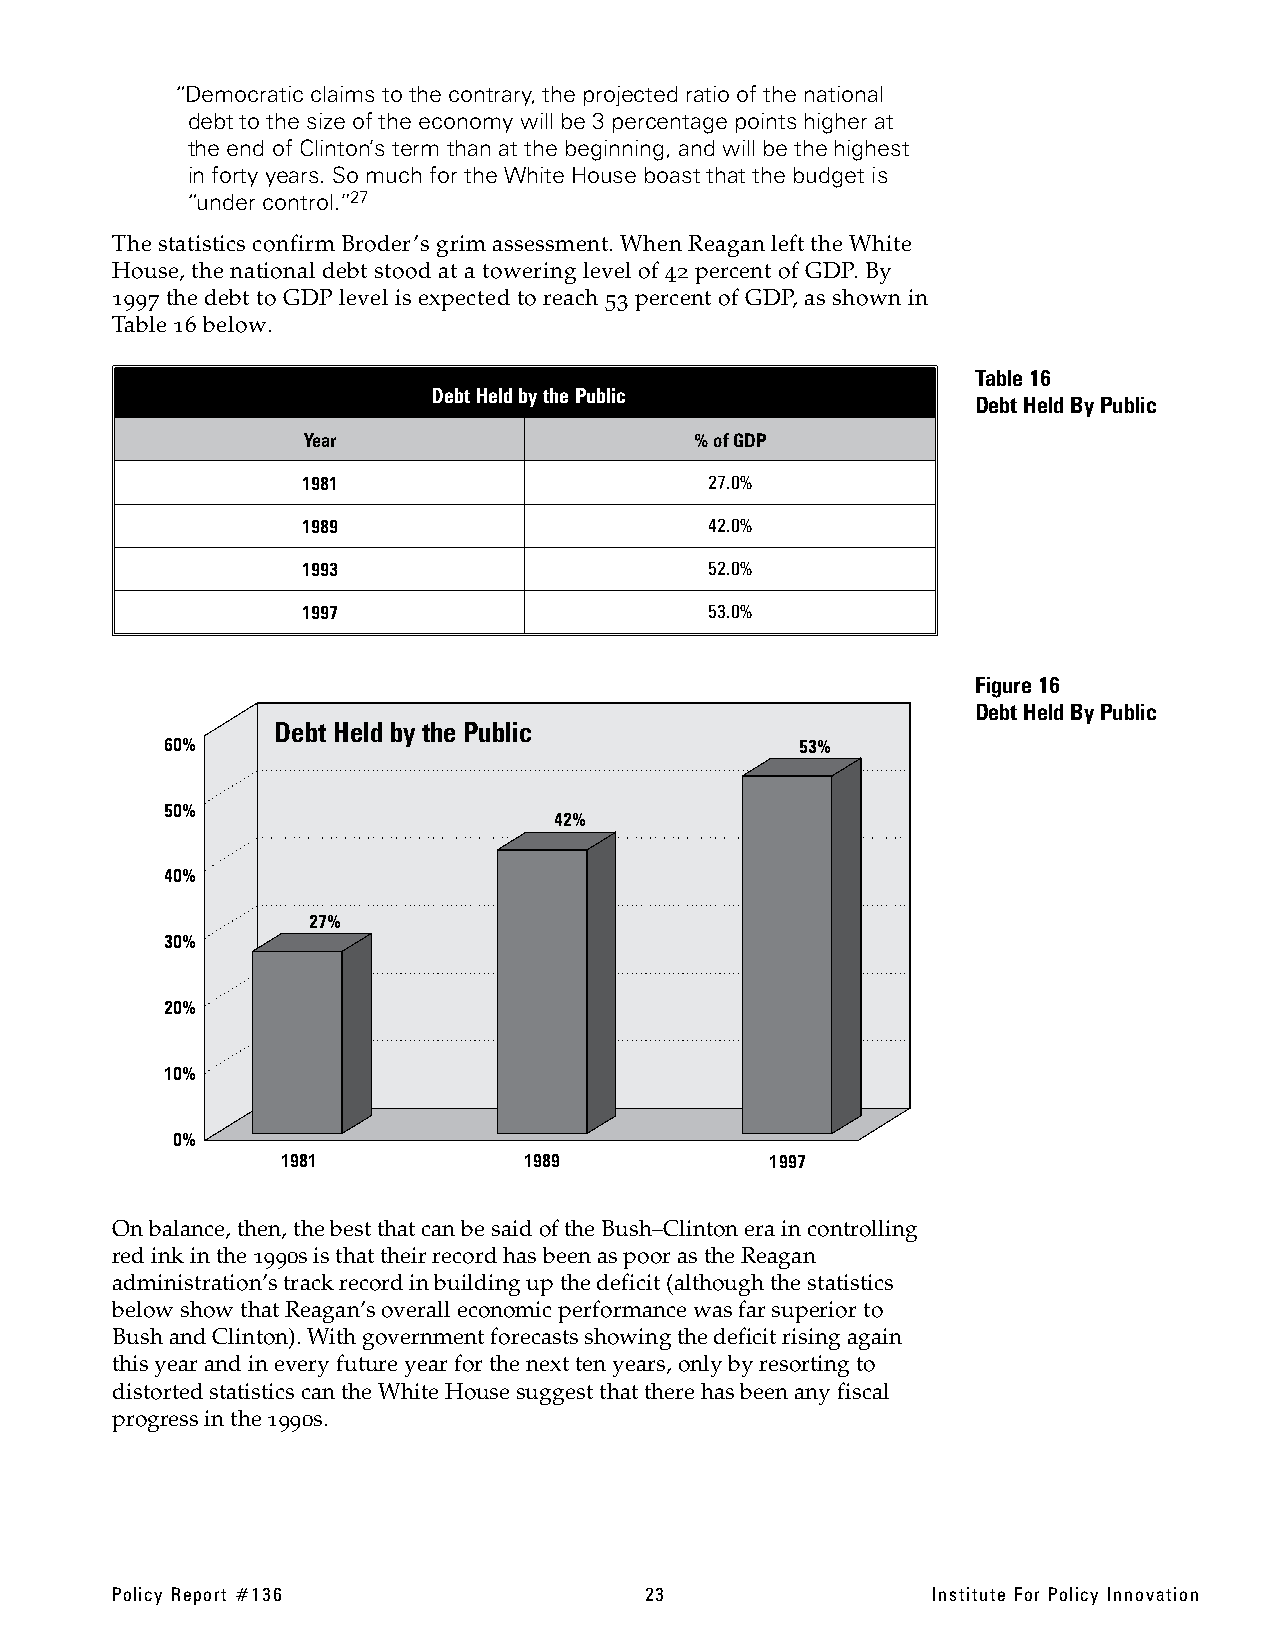
“Democraticclaimstothe contrary,the projected ratioof the national
 debt tothe size of theeconomy will be 3 percentage pointshigher at
 the end of Clinton’s term than at the beginning, and will be thehighest
 in forty years.Somuch for theWhite House boastthatthe budgetis
 “under control.”27
 The statisticsconfirm Broder’sgrimassessment. WhenReaganlefttheWhite
 House, the national debt stood at a towering level of 42 percent of GDP. By
 1997 the debtto GDPlevel isexpected to reach 53 percent of GDP, as shown in
 Table 16 below.
 Table16
 DebtHeld bythe Public
 Debt Held ByPublic
 Year                      %ofGDP
 1981                       27.0%
 1989                       42.0%
 1993                       52.0%
 1997                       53.0%
 Figure 16
 Debt Held ByPublic
 Debt Held by the Public
 60%                                       53%
 50%
 42%
 40%
 27%
 30%
 20%
 10%
 0%
 1981            1989            1997
 Onbalance, then, thebestthatcan be said ofthe Bush–Clintonera in controlling
 redink in the 1990sisthattheir recordhas beenaspoorasthe Reagan
 administration’strackrecordin building up thedeficit(althoughthe statistics
 belowshow thatReagan’soverall economic performance wasfarsuperiorto
 Bush andClinton).Withgovernment forecastsshowingthedeficitrisingagain
 this yearand in every future year for thenext tenyears,onlybyresorting to
 distortedstatistics cantheWhite Housesuggestthatthere has been any fiscal
 progressin the1990s.
 Policy Report #136                  23                 Institute For Policy Innovation